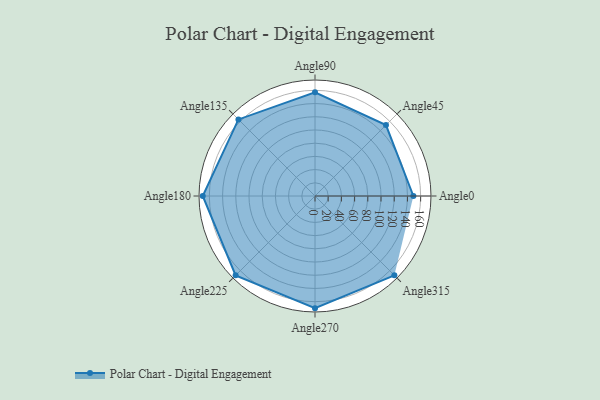
{"axis": {"x": "Angle", "y": "Radius"}, "legend": [""], "data": [{"x": "Angle0", "y": 149.0, "type": ""}, {"x": "Angle45", "y": 152.0, "type": ""}, {"x": "Angle90", "y": 157.0, "type": ""}, {"x": "Angle135", "y": 164.0, "type": ""}, {"x": "Angle180", "y": 170, "type": ""}, {"x": "Angle225", "y": 170, "type": ""}, {"x": "Angle270", "y": 170, "type": ""}, {"x": "Angle315", "y": 170, "type": ""}]}